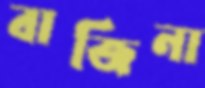
বাজিনা